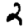
Digit: 2